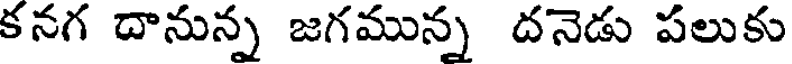
కనగ దానున్న జగమున్న దనెడు పలుకు